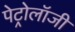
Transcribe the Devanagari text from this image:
पेट्रोलॉजी